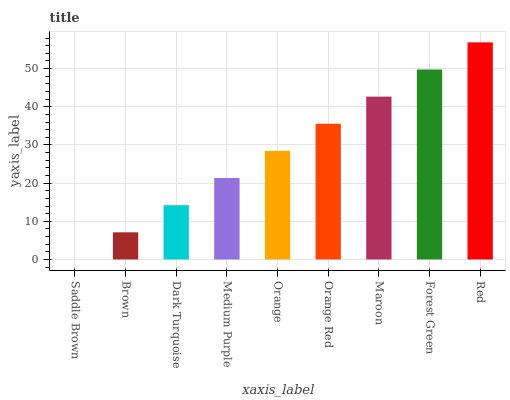
| xaxis_label | bars |
 | --- | --- |
 | Saddle Brown | 0 |
 | Brown | 7.11 |
 | Dark Turquoise | 14.2 |
 | Medium Purple | 21.3 |
 | Orange | 28.4 |
 | Orange Red | 35.5 |
 | Maroon | 42.7 |
 | Forest Green | 49.8 |
 | Red | 56.9 |